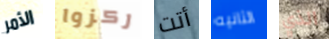
الأمر ركزوا أتت الثانيه الذي